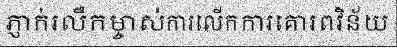
ភ្ញាក់រលឹកម្ចាស់ការលើកការគោរពវិន័យ